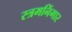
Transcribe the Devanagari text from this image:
स्त्रमनिंगार